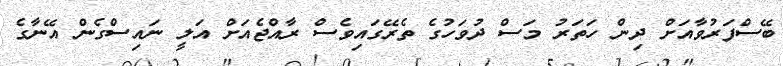
ބޭސްފަރުވާއަށް ދިން ހަތަރު މަސް ދުވަހުގެ ތެރޭގައިވެސް ރާއްޖެއަށް އަލީ ނައިސްގެން އޭނާގެ